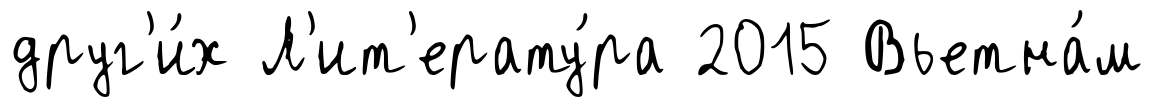
друг'и́х Л'ит'ерату́ра 2015 Вьетна́м